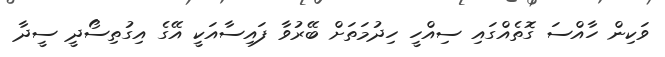
ވަކިން ހާއްސަ ގޮތެއްގައި ސިއްހީ ހިދުމަތަށް ބޭރުވާ ފައިސާއަކީ އޭގެ އިގުތިސޯދީ ސީދާ